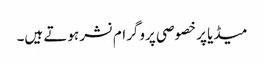
میڈیا پر خصوصی پروگرام نشر ہوتے ہیں۔